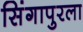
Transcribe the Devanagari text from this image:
सिंगापुरला